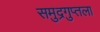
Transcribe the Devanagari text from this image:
समुद्रगुप्तला